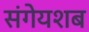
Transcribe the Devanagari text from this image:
संगेयशब